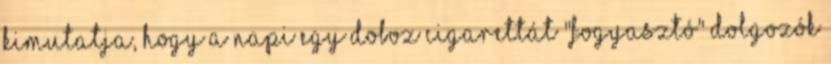
kimutatja, hogy a napi egy doboz cigarettát "fogyasztó" dolgozók